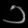
Digit: ၁